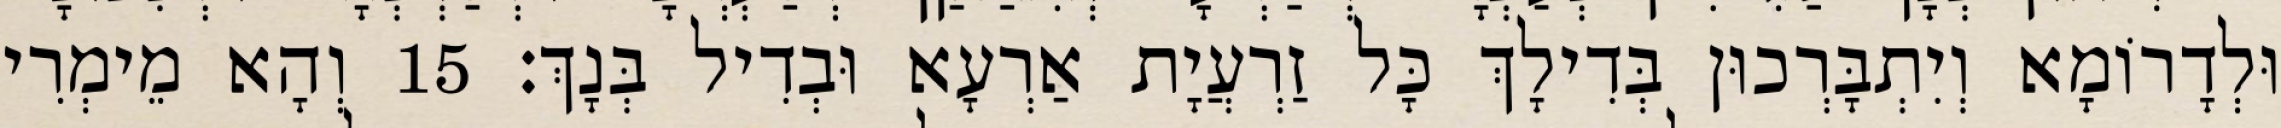
וּלְדָרוֹמָא וְיִתְבָּרְכוּן בְּדִילָךְ כָּל זַרְעֲיָת אַרְעָא וּבְדִיל בְּנָךְ׃ 15 וְהָא מֵימְרִי